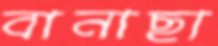
বানাছা